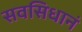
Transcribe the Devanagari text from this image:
सवसिधानं